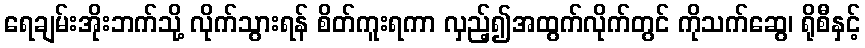
ရေချမ်းအိုးဘက်သို့ လိုက်သွားရန် စိတ်ကူးရကာ လှည့်၍အထွက်လိုက်တွင် ကိုသက်ဆွေ၊ ရိုစီနှင့်